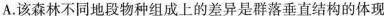
A. 该森林不同地段物种组成上的差异是群落垂直结构的体现